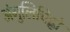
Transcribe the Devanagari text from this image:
अंगुलिचिह्नों